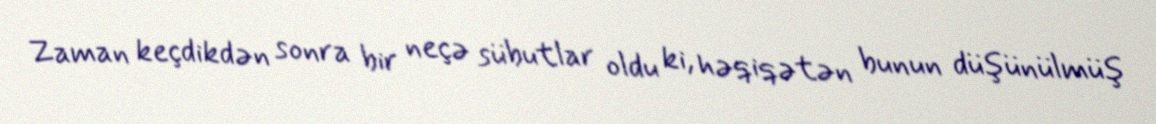
Zaman keçdikdən sonra bir neçə sübutlar oldu ki, həqiqətən bunun düşünülmüş